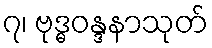
၇၊ ဗုဒ္ဓဝန္ဒနာသုတ်